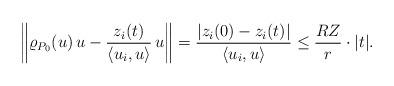
LaTeX: \begin{align*}\left\|\varrho_{P_0}(u)\,u-\frac{z_i(t)}{\langle u_i,u\rangle}\,u\right\|=\frac{|z_i(0)-z_i(t)|}{\langle u_i,u\rangle}\leq \frac{RZ}{r}\cdot |t|.\end{align*}